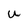
Character: U